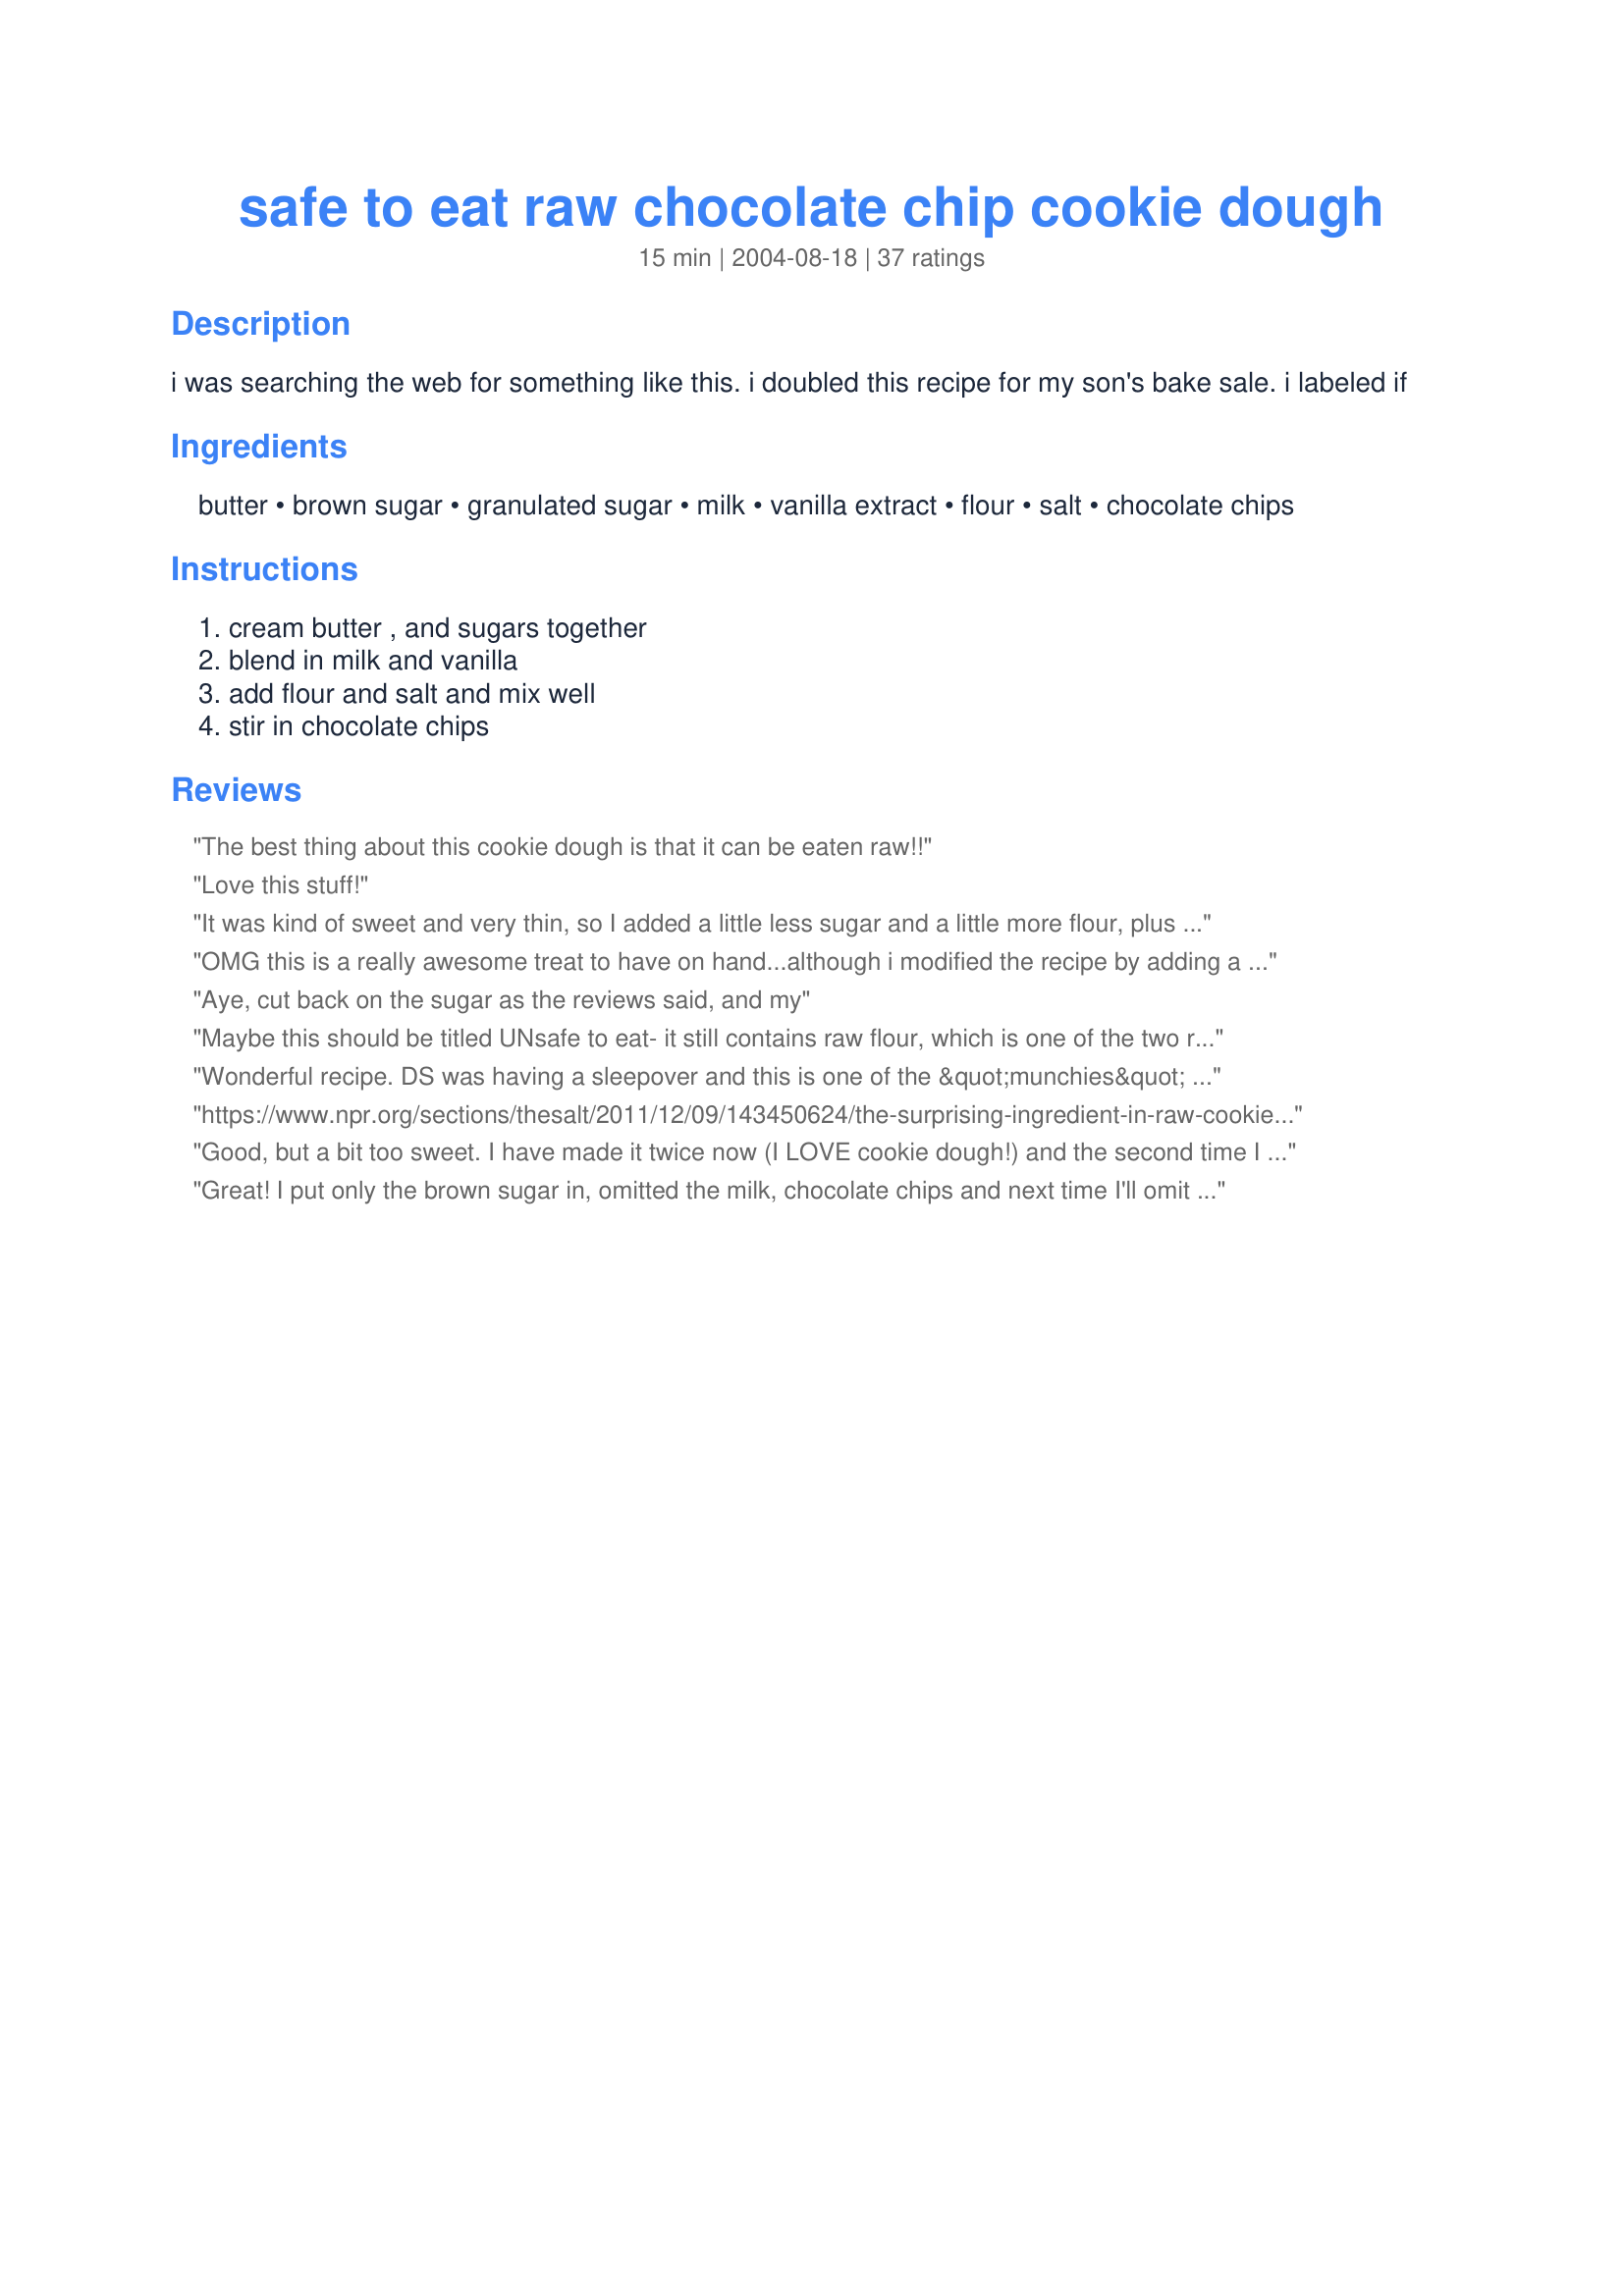
safe to eat raw chocolate chip cookie dough
Preparation time: 15 minutes

i was searching the web for something like this. i doubled this recipe for my son's bake sale. i labeled if

Ingredients:
butter, brown sugar, granulated sugar, milk, vanilla extract, flour, salt, chocolate chips

Steps:
cream butter , and sugars together, blend in milk and vanilla, add flour and salt and mix well, stir in chocolate chips

Reviews:
The best thing about this cookie dough is that it can be eaten raw!!
Love this stuff!
It was kind of sweet and very thin, so I added a little less sugar and a little more flour, plus a pinch of baking soda for that savory undertone. I love to freeze it in spoonfuls. Delicious!
OMG this is a really awesome treat to have on hand...although i modified the recipe by adding a teaspoon of cinninom... it makes it like a spice choco chip cookie dough... yum yum...enjoy
Aye, cut back on the sugar as the reviews said, and my
Maybe this should be titled UNsafe to eat- it still contains raw flour, which is one of the two reasons raw cookie dough is unsafe (the other being eggs due to possible salmonella).
Wonderful recipe. DS was having a sleepover and this is one of the &quot;munchies&quot; he selected. All his friends love cookie dough so this helped me feel comfortable about serving them all &quot;raw&quot; dough. Thank you for sharing with us, it tastes just like the real thing.
https://www.npr.org/sections/thesalt/2011/12/09/143450624/the-surprising-ingredient-in-raw-cookie-dough-that-could-make-you-sick Raw flour can make you sick. You need a recipe without flour to be safe.
Good, but a bit too sweet. I have made it twice now (I LOVE cookie dough!) and the second time I added only half the sugar, and it was much better in my opinion!! I thank you for making my "raw dough" days into "safe raw dough" days!! haha
Great! I put only the brown sugar in, omitted the milk, chocolate chips and next time I'll omit the salt too. I rolled into marble-sized balls, froze then covered in a chocolate-butter glaze. Fabulous little chocolate chip cookie dough poppers!
I agree with the other posters re: too much sugar not enough flour. I added 1/2 the amount of sugar called for and an extra 1/2 cup of flour. I also substituted 1/2 of the total flour with whole wheat flour. But I still felt like something was missing. I ended up creating my own recipe based upon a fab. cookie recipe...I'll be posting it under Heather's safe to eat raw chocolate chip cookie dough...
Based on the other reviews, I made this using half of both sugar amounts and half the milk, and it's wonderful! I often like mine a little crumbly, so for that I would try quartering the milk, but as it was, this was a great creamy consistency.
I used this recipe for home made cookie dough ice cream (recipe #60535). The kids just loved it and I was happy to have this egg free version for safety reasons. I will use this recipe whenever the kids want it for ice cream - so thank you for sharing! We had lots of happy faces last night...
i'm pregnant, so it's even more unsafe for me to eat raw cookie dough. i was SO glad to have found this recipe. It cured my craving! It's definately worth trying.
I was in the mood for cookie dough and was going to make the real stuff and just leave out the eggs, but then I found this! It is delish and hit the spot. Now I'm going to hide it from my hubbie :)
Danger! Danger! Make at your own risk for you will end up eating until your belly hurts! =)

This is the kids last day of summer vacation and we made this for a treat. The refrigerator light is working overtime for we all keep opening the door to reach in for a taste of this wickedly sweet dessert! 

I ended up adding a half a cup more of flour for we wanted the dough thicker. It didn't seem to alter the taste but we like the texture a bit better. We may take a bit out of the fridge and put it in the freezer to see if we can freeze and break into chunks. This would be incredible to spoon into vanilla ice cream!
I followed this recipe exactly and it ended up having a very bad taste to it. It smells like cookie dough but tasted very bad. I threw the whole thing away.
This is perfect! It tastes just the same. I followed the recipe just as it said. I used Kitchen Aid mixer and it came out just at cookie dough normally would. Not runny at all. I used just what chocolate chips I could find so there isn&#039;t a ton but it is still good! I might go a little lighter on the sugar next time but this is definitely something I will make again!
Due to other comments, I halved the white sugar and milk to get a good consistency and not so sugary. I personally will halve the brown sugar next time too. Thanks for this safer recipe! <3
I love chocolate but I would have to say that this recipe calls for way too many chocolate chips. I could barely taste the cookie dough itself because it was overwhelmed by all the chocolate. Otherwise it was pretty yummy. Next time I will probably only add 1/2 cup of chocolate chips then it will be perfect!
I replaced the butter with applesauce to eliminate some of the fat. I also decreased the amount of sugar slightly and used oatmeal instead of chocolate chips. I'm very into cutting calories and fat where I can. I thought it tasted nice. Good recipe. It was a little too sweet though.
i loooved this, i was feeling down, and needed some cookie dough!!! so i made this and it's great. i didn't have chocolate chips at home so i replaced them with 1/8 cup of cocoa, so it's a chocolate cookie dough.
Wow! Very good texture and great taste. I only used 2/3 of a cup of chocolate chips and it seemed like the perfect amount.
LOVE IT! I only used 1/4 c real butter, a little less than 1/4 c brown sugar, little less than 1/4 c sugar, little less than 1/4 c milk and "eye measured" the vanilla and salt & used about 3/4 c flour. I didn't have any choc chips but it tastes great w/o them! Thanks for a quick fix when I want cookie dough!! :^)
This was great! Thank you for a yummy cookie dough that is safe to eat raw!
i agree about the more flour-less sugar thing, and also, it is very good with ice cream. it is a good recipe over all! thx
I threw this together for a snack one night recently- found that it did need more flour than posted, as you can see in the pic, mine was a bit runny- but it tasted great. Thanks for sharing.
Thank you! I had a horrible craving for something sweet today. This hit the spot! I tweeked it very little (i.e. used ww flour). I didn't have any chocolate chips so I just threw in some quick oats. It tasted fine to me. I ate just a bit. Then made balls with the rest of the dough and threw it in the freezer. Hopefully, it will freeze well and we'll have little treats for ready to go.
It was good but i like the kind thats not safe better after i ate this one i got a reallly bad stomach ache. But other than that it was a bit to sweet. Next time im going to ulter the sugar and put less so its not as sickning sweet.
AMAZING!!!!! This was delicious!!! My favourite thing in the whole wide world is CHOCOLATE CHIP COOKIE DOUGH!! I am also fond of the baked dough (ie. cookies, hhaha) I found that it wasn't exactly the same as the "not so safe" cookie dough but it was close enough. I did end up adding more flour because it was two runny for my taste. I also reduced the amount of chocolate chips dramaticaly; I added only about a scant 1/2 cup. It was kind of sweet but my sweet tooth was ok with it. I am amazed but disappointed; amazed by the recipe, disappointed at myself for eating almost all of it. I didn't eat it all in one day so i froze part of it. The one part that i didn't freeze the day I made it, i separated into parts and tried some different flavours like oatmeal chocolate chips, raisin chocolate chip, and spicy chocolate chip; all of them were amazing convos. Thanks for this recipe!!!! <3 <3 <3
This was a hit! It was ideal -- don't see where the need is to cut back on the sugars at all. Those trying to make a negative about eating raw flour, forget about it, as I have never heard of anyone getting sick off of eating raw flour. You want the almost perfect little devil to appeal to your &quot;naughty&quot; craving, this is it. We even added chopped pecans and rolled them into powdered sugar. Another time after making these, my husband and son melted some additional chocolate and dipped the dough balls before eating. It sounds like we do this all the time, but no. Just a delicious treat that often comes up as a reward for a job very well done!
Agree with commenter below, raw flour is more dangerous than raw eggs. Try a chickpea and g/f or nut flour instead.
Followed the recipe to the letter. Too much chocolate- next time round (and there will be a next time) I would use only half the chocolate.
This was great. I wanted to make some cookie dough ice cream for a camping trip. This was so perfect for ice cream! It definately needs more flour though. For ice cream I just put in enough until I could roll it (but not much because I was freezing it). A little cocoa powder or cinnamon is great in it as well. Oh- I was slightly worried about it freezing a little too hard with the butter, but it was fabulous.
Delicious! The husband and I have been craving cookie dough, and this was quick and easy to make! We both just got over being sick and didn't want to take any chances of getting sick again from raw eggs, so I found this recipe. Based on other reviews I used a little more flour and a little less sugar and it was perfect! I thought the texture was slightly different than regular cookie dough, but it tasted exactly the same, so it was great.
I&#039;m definitely using this recipe again! Its so good!
Great guilty pleasure...next time I will use only half the sugar as it was a tad too sweet.
